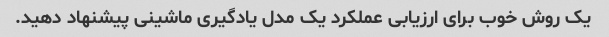
یک روش خوب برای ارزیابی عملکرد یک مدل یادگیری ماشینی پیشنهاد دهید.